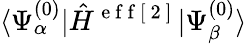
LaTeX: \langle\Psi_{\alpha}^{(0)}|\hat{H}^{\mathrm{~e~f~f~[~2~]~}}|\Psi_{\beta}^{(0)}\rangle